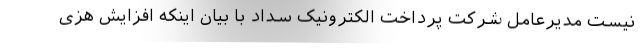
نیست مدیرعامل شرکت پرداخت الکترونیک سداد با بیان اینکه افزایش هزی